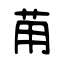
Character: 苚